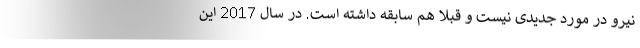
نیرو در مورد جدیدی نیست و قبلا هم سابقه داشته است. در سال 2017 این